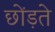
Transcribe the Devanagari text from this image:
छोंड़ते